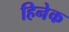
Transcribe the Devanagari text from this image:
हिनेक